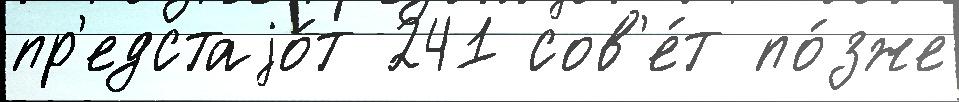
пр'едстаjо́т 241 сов'е́т по́зже